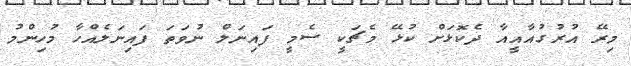
މިރޭ އުރުގުއާއީއާ ދެކޮޅަށް ކުޅޭ މެޗަކީ ސެމީ ފައިނަލް ނުވަތަ ފައިނަލެއްހާ މުހިންމު